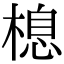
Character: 㮩